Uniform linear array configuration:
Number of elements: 8
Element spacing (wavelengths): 0.5
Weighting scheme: hann
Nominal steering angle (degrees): -60
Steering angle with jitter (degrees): -59.67
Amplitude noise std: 0.05
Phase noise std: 0.05

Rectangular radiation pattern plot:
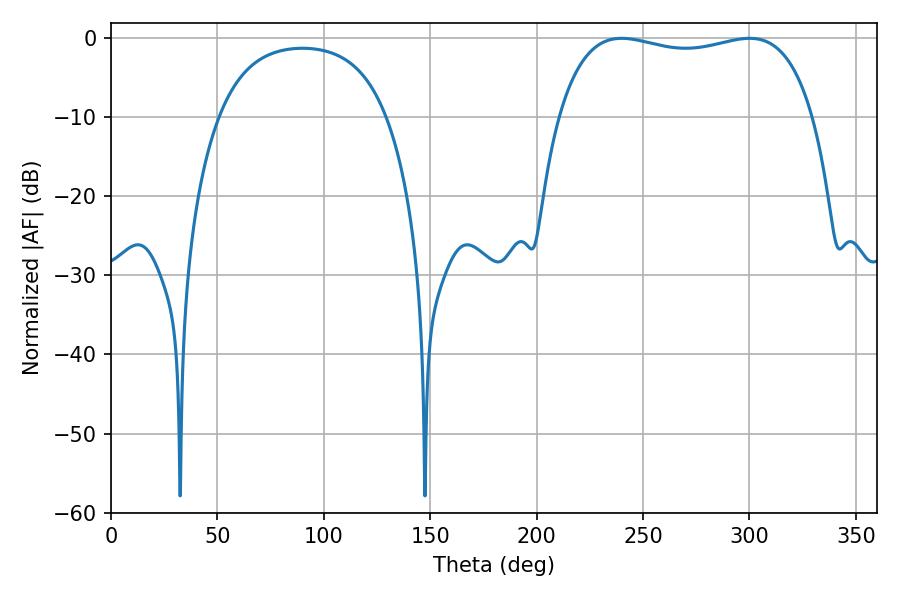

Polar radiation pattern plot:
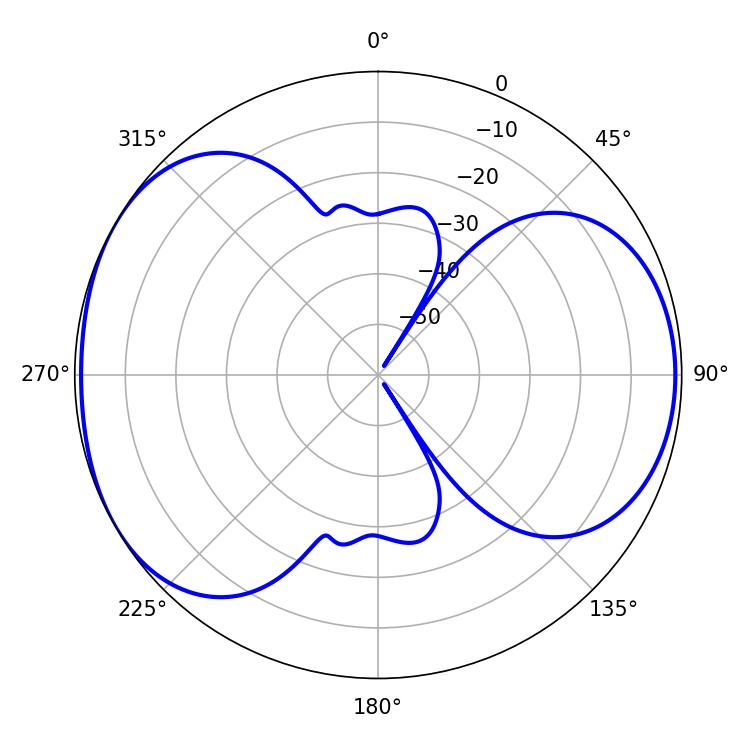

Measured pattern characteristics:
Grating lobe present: FALSE
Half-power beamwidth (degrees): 97.2
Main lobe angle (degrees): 239.94